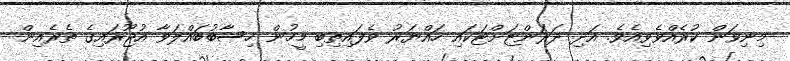
މިނިވަން ކުރެއްވެވިއެވެ. އަދި ދަރަންޏަށްޓަކައި ހައްޔަރު ވެފައިތިބި މީހުން ހިސާބުބައްލަވާ އުޖޫރައިގެ ތެރެއިން